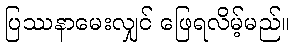
ပြဿနာမေးလျှင် ဖြေရလိမ့်မည်။